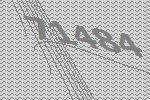
71484